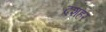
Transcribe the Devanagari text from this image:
दशहर